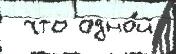
 что одно́й